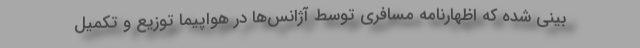
بینی شده که اظهارنامه مسافری توسط آژانس‌ها در هواپیما توزیع و تکمیل